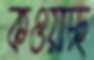
কওয়াচ্ছ